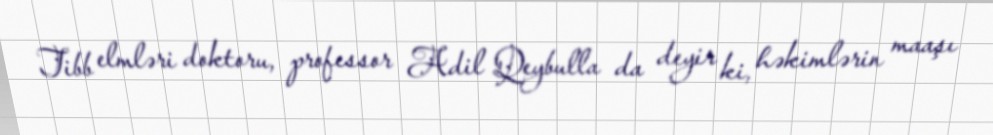
Tibb elmləri doktoru, professor Adil Qeybulla da deyir ki, həkimlərin maaşı